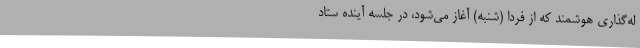
له‌گذاری هوشمند که از فردا (شنبه) آغاز می‌شود، در جلسه آینده ستاد